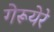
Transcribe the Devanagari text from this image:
गेरूयेरे